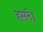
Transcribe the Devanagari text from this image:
हमने।